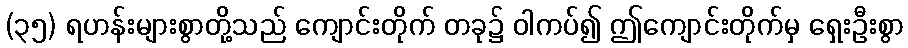
(၃၅) ရဟန်းများစွာတို့သည် ကျောင်းတိုက် တခု၌ ဝါကပ်၍ ဤကျောင်းတိုက်မှ ရှေးဦးစွာ